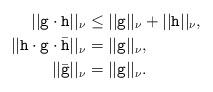
LaTeX: \begin{align*}||\mathtt{g}\cdot\mathtt{h}||_\nu&\leq ||\mathtt{g}||_\nu+||\mathtt{h}||_\nu,\\||\mathtt{h}\cdot\mathtt{g}\cdot\bar{\mathtt{h}}||_\nu&=||\mathtt{g}||_\nu,\\||\bar{\mathtt{g}}||_\nu&=||\mathtt{g}||_\nu.\\\end{align*}